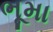
ભૂમા